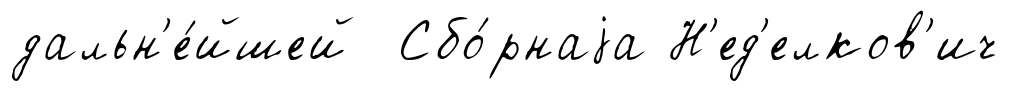
дальн'е́йшей Сбо́рнаjа Н'ед'елков'ич